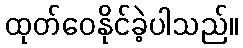
ထုတ်ဝေနိုင်ခဲ့ပါသည်။